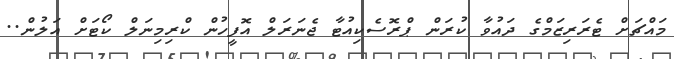
މައްޗަށް ޓެރަރިޒަމްގެ ދައުވާ ކުރަން ޕްރޮސެކިއުޓާ ޖެނަރަލް އޮފީހުން ކްރިމިނަލް ކޯޓަށް އަލުން..